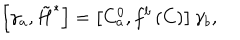
\left[ \gamma _ { a } , \tilde { H } ^ { * } \right] = \left[ C _ { a } ^ { 0 } , f ^ { b } \left( C \right) \right] \gamma _ { b } ,